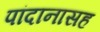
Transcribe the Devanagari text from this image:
पांदानासह